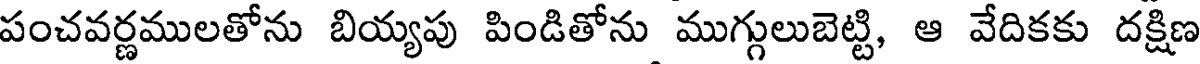
పంచవర్ణములతోను బియ్యపు పిండితోను ముగ్గులుబెట్టి, ఆ వేదికకు దక్షిణ